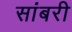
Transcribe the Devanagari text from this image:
सांबरी